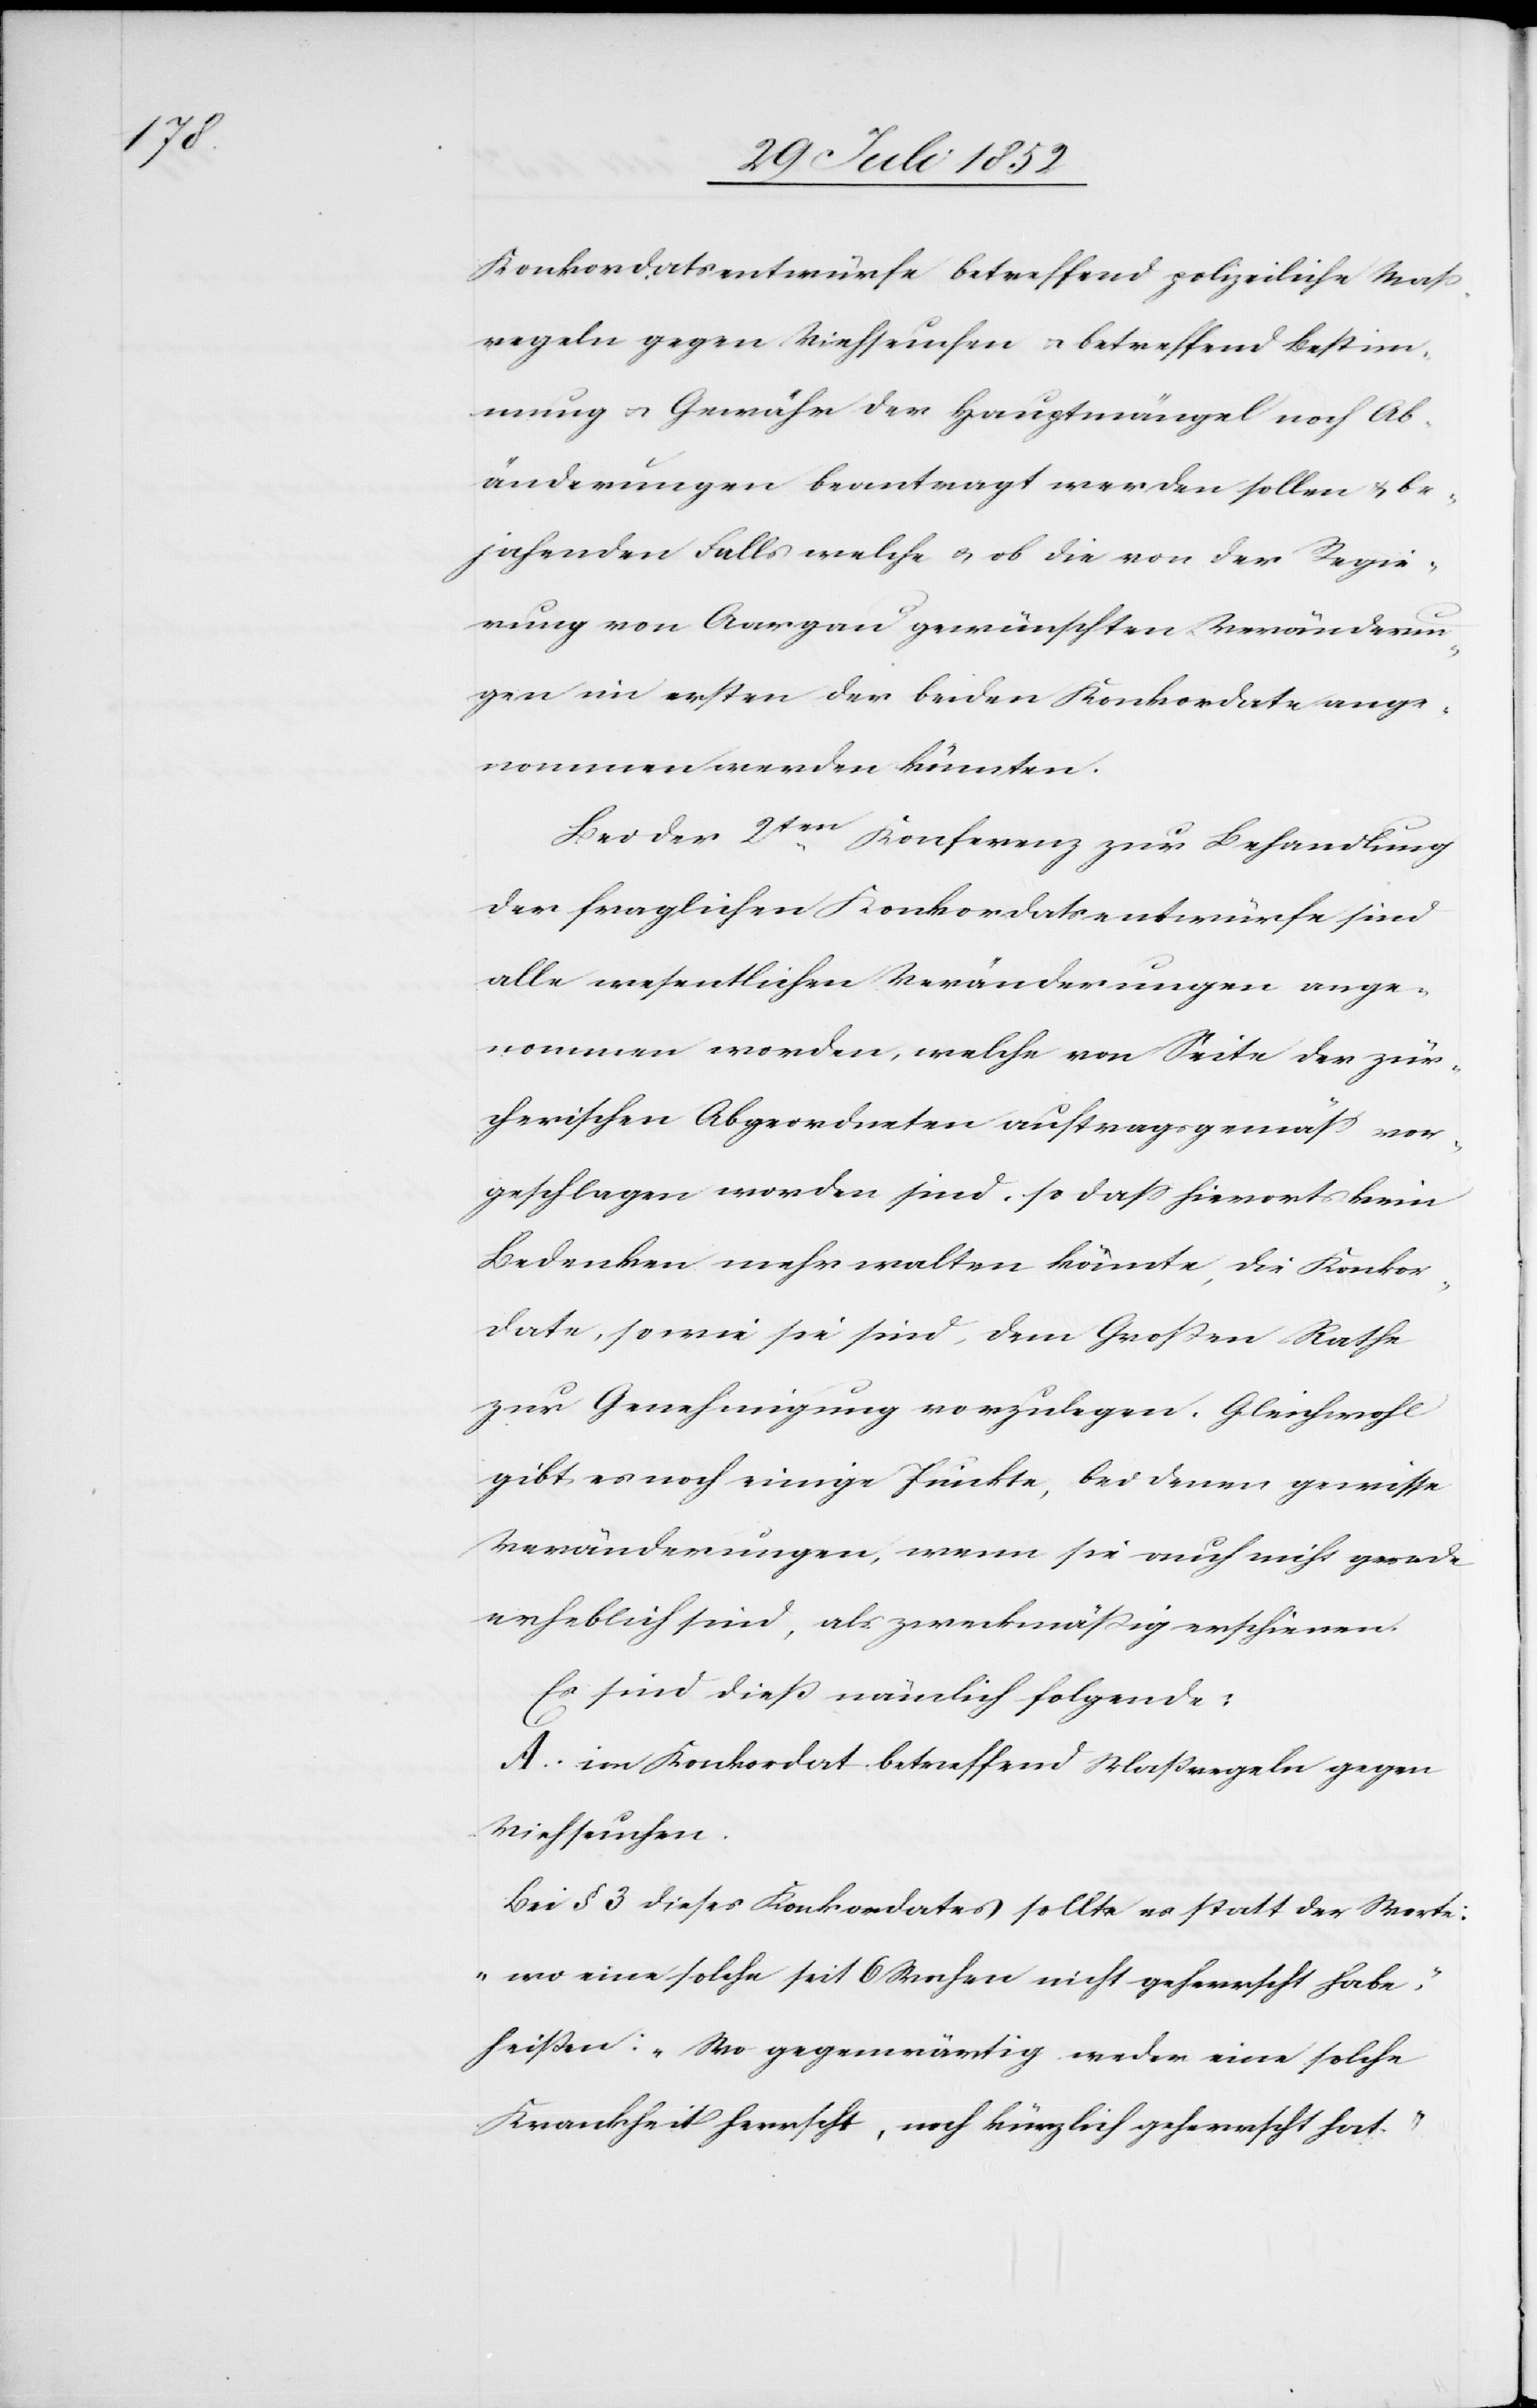
Konkordatsentwürfe betreffend polizeiliche Maß¬
regeln gegen Viehseuchen & betreffend Bestim¬
mung & Gewähr der Hauptmängel noch Ab¬
änderungen beantragt werden sollen & be¬
jahenden Falls welche & ob die von der Regie¬
rung von Aargau gewünschten Veränderun¬
gen im ersten der beiden Konkordate ange¬
nommen werden könnten.
Bei der 2ten Konferenz zur Behandlung
der fraglichen Konkordatsentwürfe sind
alle wesentlichen Veränderungen ange¬
nommen worden, welche von Seite der zür¬
cherischen Abgeordneten auftragsgemäss vor¬
geschlagen worden sind, so dass hierorts kein
Bedenken mehr walten könnte, die Konkor¬
date, so wie sie sind, dem Großen Rathe
zur Genehmigung vorzulegen. Gleichwohl
gibt es noch einige Punkte, bei denen gewisse
Veränderungen, wenn sie auch nicht gerade
erheblich sind, als zweckmäßig erschienen.
Es sind dieß nämlich folgende:
A. im Konkordat betreffend Maßregeln gegen
Viehseuchen.
Bei § 3 dieses Konkordates sollte es statt der Worte:
„wo eine solche seit 6 Wochen nicht geherrscht habe,“
heißen: „Wo gegenwärtig weder eine solche
Krankheit herrscht, noch kürzlich geherrscht hat.“